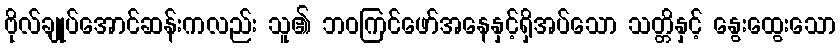
ဗိုလ်ချုပ်အောင်ဆန်းကလည်း သူ၏ ဘဝကြင်ဖော်အနေနှင့်ရှိအပ်သော သတ္တိနှင့် နွေးထွေးသော